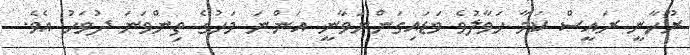
ރޫހާނީ ރައީސް ކަމާ ހަވާލުވެ ވަޑައިގަންނަވާނީ އަންނަ މަހުގެ ތިންވަނަ ދުވަހު އެވެ.